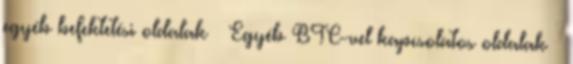
egyéb befektetési oldalak ↳ Egyéb BTC-vel kapcsolatos oldalak ↳